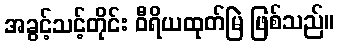
အခွင့်သင့်တိုင်း ဝီရိယထုတ်မြဲ ဖြစ်သည်။